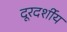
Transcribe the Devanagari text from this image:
दूरदर्शीय